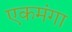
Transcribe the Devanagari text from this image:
एकमंगा